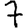
Digit: 7